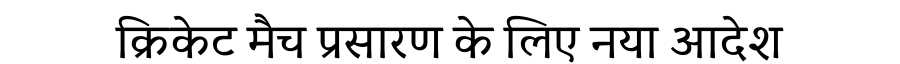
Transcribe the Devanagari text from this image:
क्रिकेट मैच प्रसारण के लिए नया आदेश